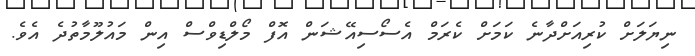
ނިޔަލަށް ކުރިއަށްދާނެ ކަމަށް ކެރަމް އެސޯސިއޭޝަން އޮފް މޯލްޑިވްސް އިން މައުލޫމާތުދެ އެވެ.